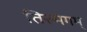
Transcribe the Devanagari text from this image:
तिरुमंगम्‌